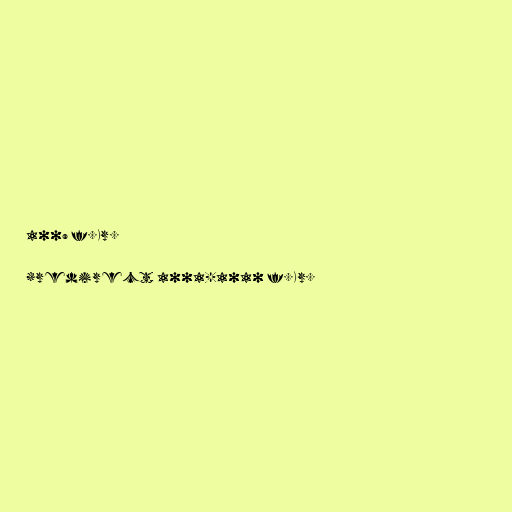
1009 f.Kr.

#redirect 1001-1010 f.Kr.